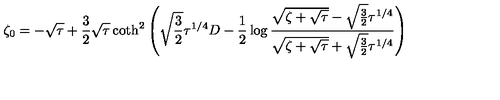
\zeta _ { 0 } = - \sqrt \tau + { \frac { 3 } { 2 } } \sqrt \tau \coth ^ { 2 } \left( \sqrt { \frac { 3 } { 2 } } \tau ^ { 1 / 4 } D - { \frac { 1 } { 2 } } \log { \frac { \sqrt { \zeta + \sqrt \tau } - \sqrt { \frac { 3 } { 2 } } \tau ^ { 1 / 4 } } { \sqrt { \zeta + \sqrt \tau } + \sqrt { \frac { 3 } { 2 } } \tau ^ { 1 / 4 } } } \right)